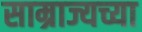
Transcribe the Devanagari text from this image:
साम्राज्यच्या